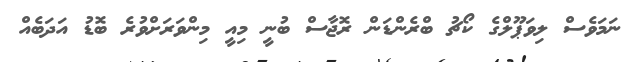
ނަމަވެސް ލިވަޕޫލްގެ ކޯޗު ބްރެންޑަން ރޮޖާސް ބުނީ މިއީ މިންވަރަށްވުރެ ބޮޑު އަދަބެއް